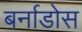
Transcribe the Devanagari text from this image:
बर्नाडोस